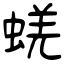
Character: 蜣